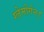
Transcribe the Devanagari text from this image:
ग्लेमोर्गन।